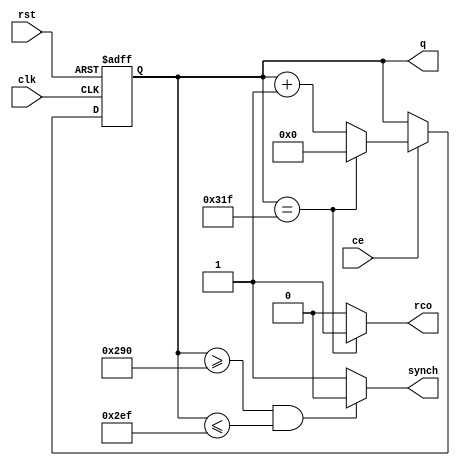
`timescale 1ns / 1ps

// Utilizat pt
// Baleierea liniilor care contin un cadru al imaginii afisate
// generare semnal sinc pe orizontala la iesirea hSynch 
// Pt generarea valorii x a coordonatei pe axa OX , a pixel curent.
// Pt generarea CE al cntV
// Numara in intervalul [0,799]

module cntH#(
    parameter max=799,
    parameter PWL=656,
    parameter PWH=751
)(
    input ce,
    input clk,
    input rst,
    output synch, // == puls de sincronizare pe orizonatala 
    output reg [9:0]q=0, // punct de afisare x
    output rco
    );
    
    always@(posedge clk,posedge rst)
    begin
    if(rst)
        q<=0;
        else if(ce)
            if(q==max)
            q<=0;
    else
        q<=q+1;
    end          
      
    assign synch=((q>=PWL)&&(q<=PWH))?0:1;
    assign rco=(q==max)?1:0;
    
    
    
    
endmodule